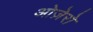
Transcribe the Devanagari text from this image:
ओज़ेरो